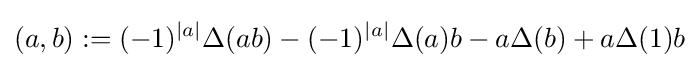
(a,b):=(-1)^{\left|a\right|}\Delta (ab)-(-1)^{\left|a\right|}\Delta (a)b-a\Delta (b)+a\Delta (1)b